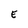
Character: E